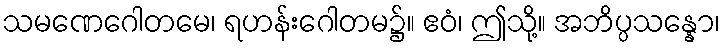
သမဏေဂေါတမေ၊ ရဟန်းဂေါတမ၌။ ဧဝံ၊ ဤသို့။ အဘိပ္ပသန္နော၊